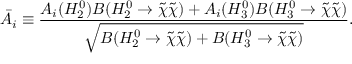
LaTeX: \bar { \cal A } _ { i } \equiv \frac { { \cal A } _ { i } ( H _ { 2 } ^ { 0 } ) B ( H _ { 2 } ^ { 0 } \rightarrow \tilde { \chi } \tilde { \chi } ) + { \cal A } _ { i } ( H _ { 3 } ^ { 0 } ) B ( H _ { 3 } ^ { 0 } \rightarrow \tilde { \chi } \tilde { \chi } ) } { \sqrt { B ( H _ { 2 } ^ { 0 } \rightarrow \tilde { \chi } \tilde { \chi } ) + B ( H _ { 3 } ^ { 0 } \rightarrow \tilde { \chi } \tilde { \chi } ) } } .